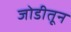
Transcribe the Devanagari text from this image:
जोडीतून